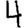
Digit: 4